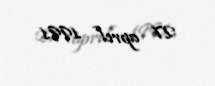
27 aprel 1991